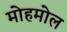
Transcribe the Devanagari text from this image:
मोहमोल